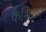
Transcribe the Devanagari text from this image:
केशियर